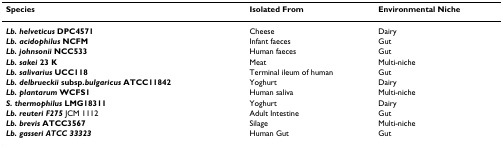
<table><thead><tr><td><b>Species</b></td><td><b>Isolated From</b></td><td><b>Environmental Niche</b></td></tr></thead><tbody><tr><td><b><i>Lb. helveticus </i>DPC4571</b></td><td>Cheese</td><td>Dairy</td></tr><tr><td><b><i>Lb. acidophilus </i>NCFM</b></td><td>Infant faeces</td><td>Gut</td></tr><tr><td><b><i>Lb. johnsonii </i>NCC533</b></td><td>Human faeces</td><td>Gut</td></tr><tr><td><b><i>Lb. sakei </i>23 K</b></td><td>Meat</td><td>Multi-niche</td></tr><tr><td><b><i>Lb. salivarius </i>UCC118</b></td><td>Terminal ileum of human</td><td>Gut</td></tr><tr><td><b><i>Lb. delbrueckii </i>subsp.<i>bulgaricus </i>ATCC11842</b></td><td>Yoghurt</td><td>Dairy</td></tr><tr><td><b><i>Lb. plantarum </i>WCFS1</b></td><td>Human saliva</td><td>Multi-niche</td></tr><tr><td><b><i>S. thermophilus </i>LMG18311</b></td><td>Yoghurt</td><td>Dairy</td></tr><tr><td><b><i>Lb. reuteri F275 </i></b>JCM 1112</td><td>Adult Intestine</td><td>Gut</td></tr><tr><td><b><i>Lb. brevis </i>ATCC3567</b></td><td>Silage</td><td>Multi-niche</td></tr><tr><td><b><i>Lb. gasseri ATCC 33323</i></b></td><td>Human Gut</td><td>Gut</td></tr></tbody></table>